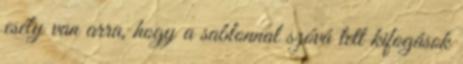
esély van arra, hogy a sablonnal szóvá tett kifogások